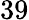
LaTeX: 39